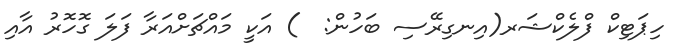
ހިޕަޓިކް ފްލެކްޝަރ(އިނގިރޭސި ބަހުން:  ) އަކީ މައްޗަށްއަރާ ފަލަ ގޮހޮރު އާއި